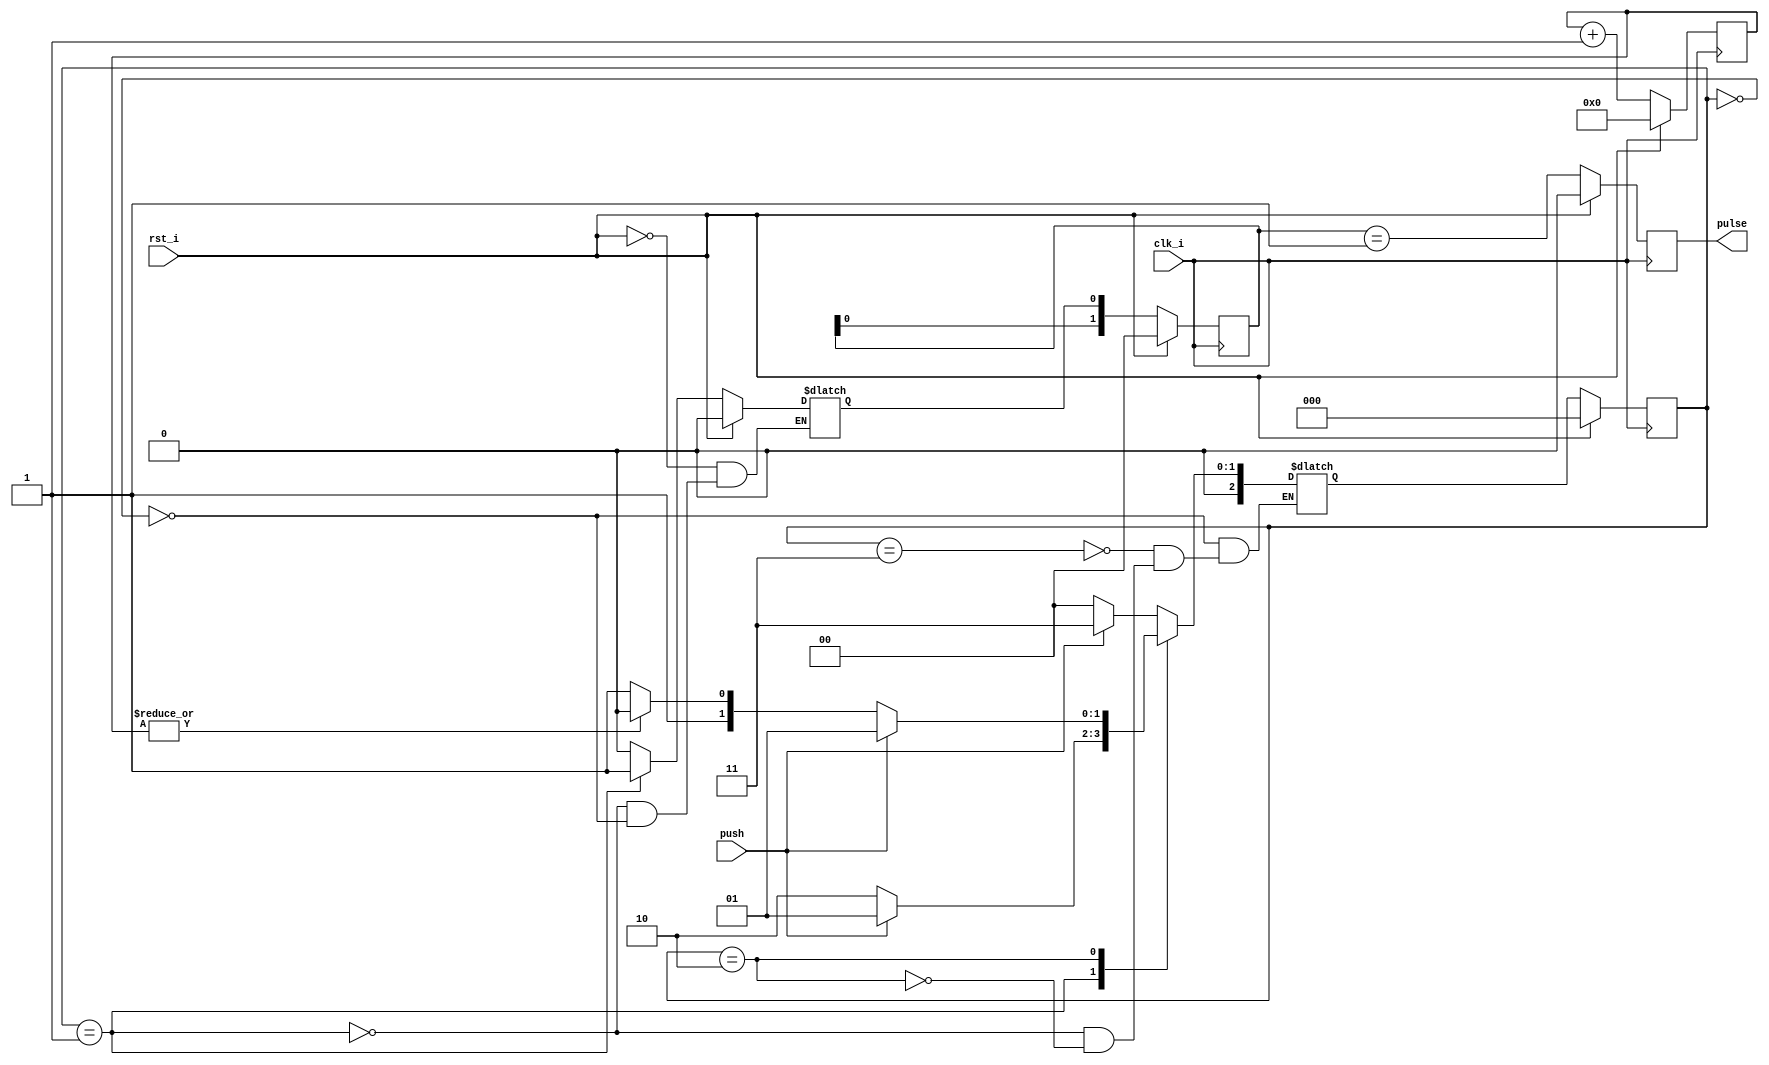
/*
 debouncer circuit 
 for a 50 MHZ
 waits around 20 ms to clear debounces 
*/ 

module debouncer(/*AUTOARG*/
   // Outputs
   pulse,
   // Inputs
   clk_i, rst_i, push
   );

   parameter n=19; // wait time = 2^n * 1/freq
   
   input  clk_i;
   input  rst_i;
   input  push;
   output pulse;
   
   
   /*AUTOREG*/

   localparam stat0 = 0;
   localparam stat1 = 1;
   localparam wt0_1 = 2;
   localparam wt0_2 = 3;
   localparam wt0_3 = 3;
   localparam wt1_1 = 3;
   localparam wt1_2 = 3;
   localparam wt1_3 = 3;
   

   reg [n-1:0] 		cnt;
   always @(posedge clk_i)
     if(rst_i)
	  /*AUTORESET*/
	  // Beginning of autoreset for uninitialized flops
	  cnt <= {n{1'b0}};
	  // End of automatics
       else
	 cnt <= cnt + 1'b1;

   reg [2:0] 		state;
   reg [2:0] 		next;

   always @(posedge clk_i)
     begin
	if(rst_i)
	  begin
	     /*AUTORESET*/
	     // Beginning of autoreset for uninitialized flops
	     state <= 3'h0;
	     // End of automatics
	  end
	else
	  begin
	     state <= next;
	  end
     end

   always @(/*AUTOSENSE*/cnt or push or state)
     begin
	case (state)
	  stat0 : next <= (push)? wt1_1 : stat0;
	  wt1_1 : next <= (~push)? stat0 : 
			  (~|cnt)? wt1_2 : wt1_1;
	  wt1_2 : next <= (~push)? stat0 : 
			  (~|cnt)? wt1_3 : wt1_2;
	  wt1_3 : next <= (~push)? stat0 : 
			  (~|cnt)? stat1 : wt1_3;
	  stat1 : next <= (~push)? wt0_1 : stat1;
	  wt0_1 : next <= (push)? stat1 : 
			  (~|cnt)? wt0_2 : wt0_1;
	  wt0_2 : next <= (push)? stat1 : 
			  (~|cnt)? wt0_3 : wt0_2;
	  wt0_3 : next <= (push)? stat1 : 
			  (~|cnt)? stat0 : wt0_3;
	endcase // case (state)
     end // always @ (...

   reg push_out;
   always @(/*AUTOSENSE*/rst_i or state)
     if(rst_i)
       /*AUTORESET*/
       // Beginning of autoreset for uninitialized flops
       push_out <= 1'h0;
       // End of automatics
       else if(state == stat1)
	 push_out <= 1'b1;
       else if(state == stat0)
	 push_out <= 1'b0;
       else
	 push_out <= push_out;

   reg [1:0] sample;
   always @(posedge clk_i)
     begin
	if(rst_i)
	  begin
	     /*AUTORESET*/
	     // Beginning of autoreset for uninitialized flops
	     sample <= 2'h0;
	     // End of automatics
	  end
	else
	  begin
	     sample <= {sample[0] , push_out};
	  end
     end // always @ (posedge clk_i)

   reg  pulse;
   always @(posedge clk_i)
     begin
	if(rst_i)
	  begin
	     /*AUTORESET*/
	     // Beginning of autoreset for uninitialized flops
	     pulse <= 1'h0;
	     // End of automatics
	  end
	else
	  begin
	     pulse <= (sample == 2'b01);
	  end
     end

endmodule // debouncer